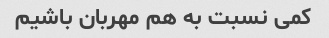
کمی نسبت به هم مهربان باشیم